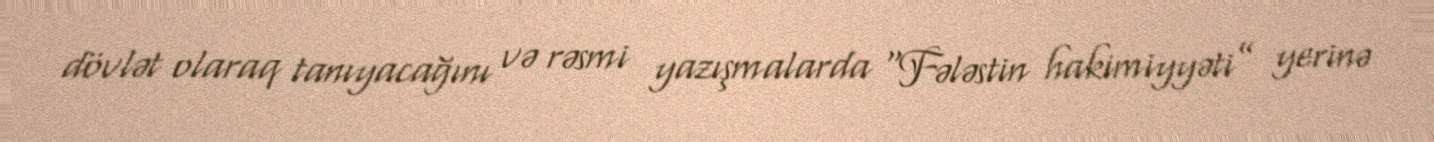
dövlət olaraq tanıyacağını və rəsmi yazışmalarda “Fələstin hakimiyyəti” yerinə